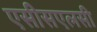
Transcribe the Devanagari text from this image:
एसीसएलसी